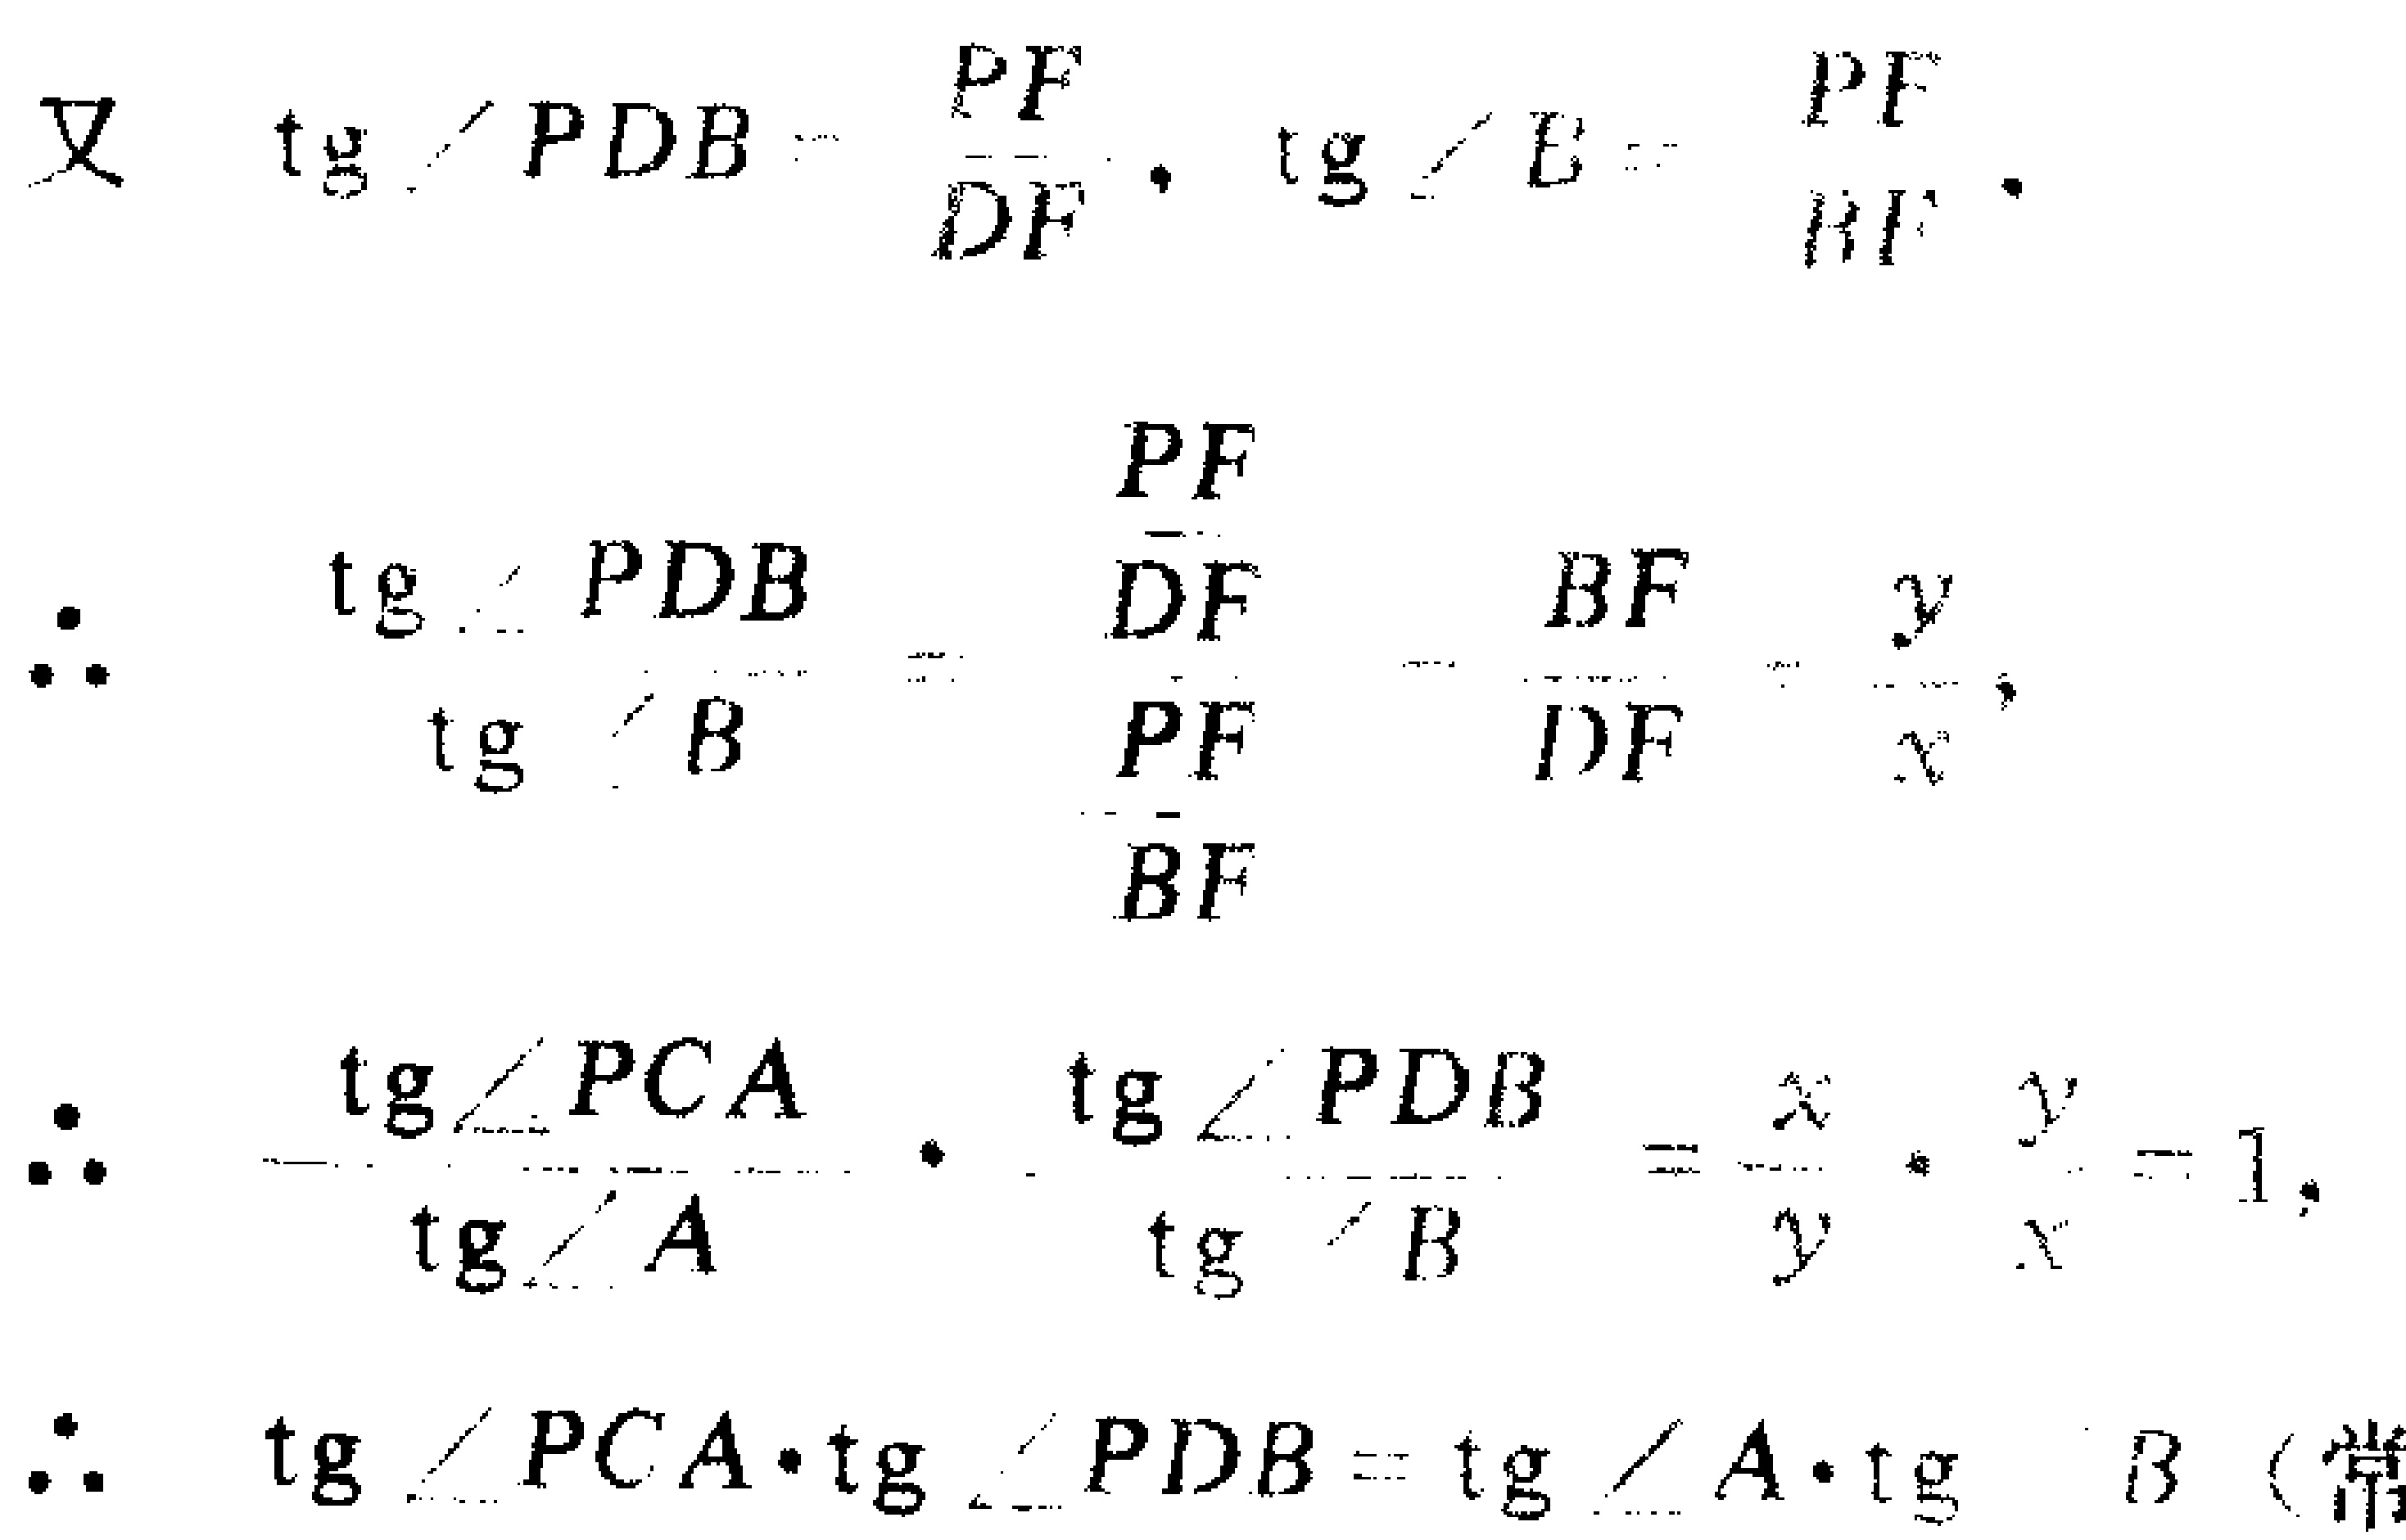
\[
\begin{align*}
&\text{又}\quad\tan\angle PDB = \frac{PF}{DF},\ \tan\angle E=\frac{PF}{BF}.\\
&\therefore\quad\frac{\tan\angle PDB}{\tan\angle B}=\frac{\frac{PF}{DF}}{\frac{PF}{BF}}=\frac{BF}{DF}=\frac{y}{x},\\
&\therefore\quad\frac{\tan\angle PCA}{\tan\angle A}\cdot\frac{\tan\angle PDB}{\tan\angle B}=\frac{x}{y}\cdot\frac{y}{x}=1,\\
&\therefore\quad\tan\angle PCA\cdot\tan\angle PDB=\tan\angle A\cdot\tan\angle B\ (\text{常}
\end{align*}
\]